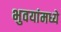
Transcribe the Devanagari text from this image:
भुवयांमध्ये